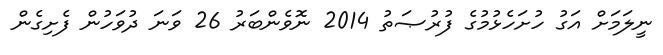
ނީލަމަށް އަގު ހުށަހެޅުމުގެ ފުރުޞަތު 2014 ނޮވެންބަރު 26 ވަނަ ދުވަހުން ފެށިގެން